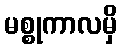
မစ္စုကာလမှိ